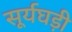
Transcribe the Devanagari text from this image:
सूर्यघड़ी